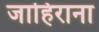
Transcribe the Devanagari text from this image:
जाहिराना